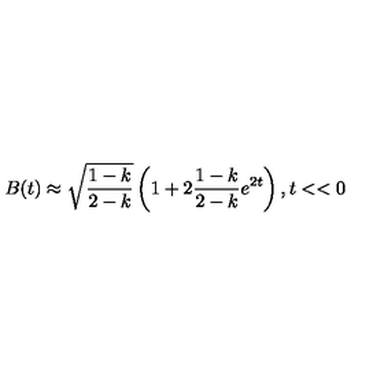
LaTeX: B ( t ) \approx \sqrt { \frac { 1 - k } { 2 - k } } \left( 1 + 2 \frac { 1 - k } { 2 - k } e ^ { 2 t } \right) , t < < 0